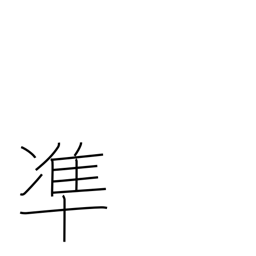
Meaning: conform